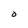
Character: O